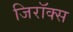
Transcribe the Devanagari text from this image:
जिरॉक्स